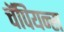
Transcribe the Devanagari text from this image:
चॅपियन्स